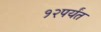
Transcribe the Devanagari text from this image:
१२पर्यंत